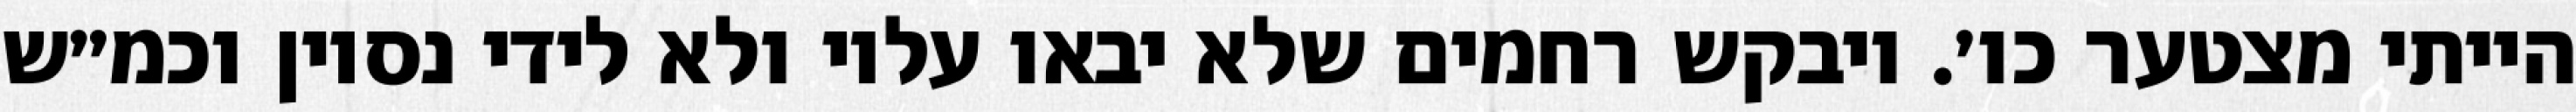
הייתי מצטער כו׳. ויבקש רחמים שלא יבאו עליו ולא לידי נסיון וכמ״ש